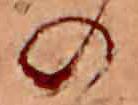
の